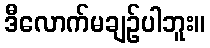
ဒီလောက်မချဉ်ပါဘူး။